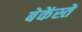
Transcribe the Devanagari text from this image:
बेकेंस्तें